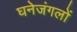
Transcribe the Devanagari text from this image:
घनेजंगलों